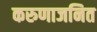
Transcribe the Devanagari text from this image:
करुणाजनित